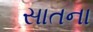
સાતના